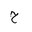
Letter: _ha